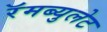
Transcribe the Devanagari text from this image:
रॅमब्युलेट